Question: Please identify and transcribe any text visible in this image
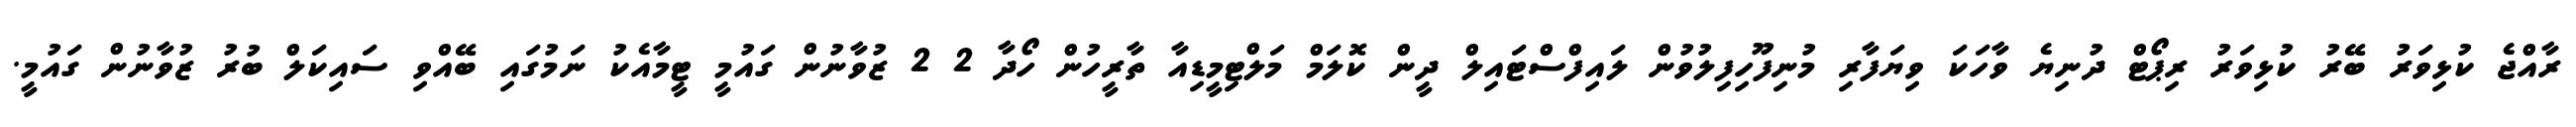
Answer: ރާއްޖެ ކުޅިވަރު ބޭރު ކުޅިވަރު ރިޕޯޓް ދުނިޔެ ވާހަކަ ވިޔަފާރި މުނިފޫހިފިލުވުން ލައިފްސްޓައިލް ދީން ކޮލަމް މަލްޓިމީޑިއާ ތާރީހުން ހޯދާ 2 2 ޒުވާނުން ގައުމީ ޓީމާއެކު ނަމުގައި ބޭއްވި ސައިކަލް ބުރު ޒުވާނުން ގައުމީ.